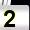
Digit: 2